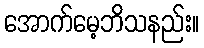
အောက်မေ့ဘိသနည်း။